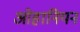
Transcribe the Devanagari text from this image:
ओहानियन